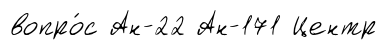
вопро́с Ан-22 Ан-171 Центр